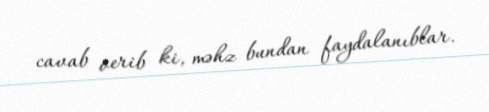
cavab verib ki, məhz bundan faydalanıblar.